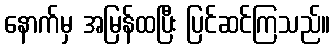
နောက်မှ အမြန်ထပြီး ပြင်ဆင်ကြသည်။